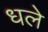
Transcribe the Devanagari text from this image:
धले